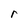
Character: r